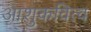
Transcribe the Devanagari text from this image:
आशुकवित्व